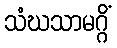
သံဃသာမဂ္ဂိံ